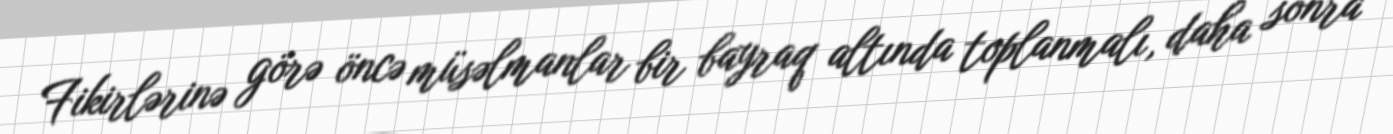
Fikirlərinə görə öncə müsəlmanlar bir bayraq altında toplanmalı, daha sonra